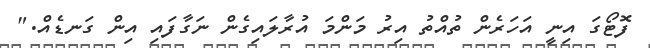
ފޮޓޯގަ އިނީ އަހަރެން ތުއްތު އިރު މަންމަ އުރާލައިގެން ނަގާފައި އިން ގަނޑެއް."